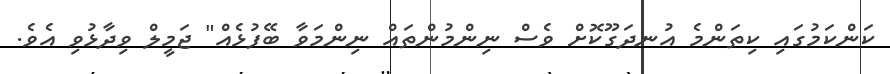
ކަންކަމުގައި ކިތަންމެ އުނދަގޫކޮށް ވެސް ނިންމުންތައް ނިންމަވާ ބޭފުޅެއް" ޖަމީލް ވިދާޅުވި އެވެ.